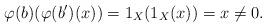
LaTeX: \begin{align*}\varphi(b)(\varphi(b')(x))=1_X(1_X(x))=x \neq 0.\end{align*}